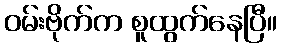
ဝမ်းဗိုက်က စူထွက်နေပြီ။